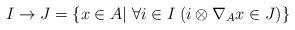
LaTeX: \begin{align*}I \to J=\{x \in A| \; \forall i \in I \; (i \otimes \nabla_A x \in J)\}\end{align*}